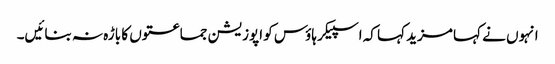
انہوں نے کہا مزید کہا کہ اسپیکر ہاؤس کو اپوزیشن جماعتوں کا باڑہ نہ بنائیں۔